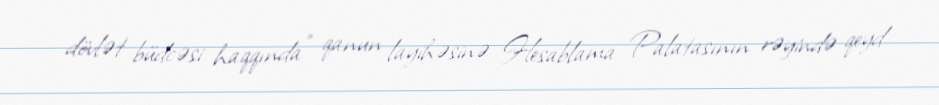
dövlət büdcəsi haqqında" qanun layihəsinə Hesablama Palatasının rəyində qeyd